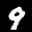
Label: 9